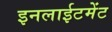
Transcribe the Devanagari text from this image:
इनलाईटमेंट